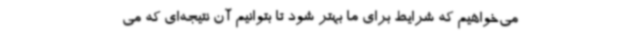
می‌خواهیم که شرایط برای ما بهتر شود تا بتوانیم آن نتیجه‌ای که می‌